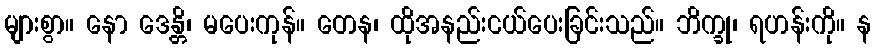
များစွာ။ နော ဒေန္တိ၊ မပေးကုန်။ တေန၊ ထိုအနည်းငယ်ပေးခြင်းသည်။ ဘိက္ခု၊ ရဟန်းကို။ န